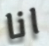
انا